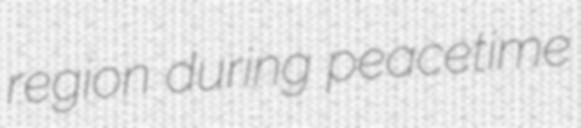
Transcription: region during peacetime